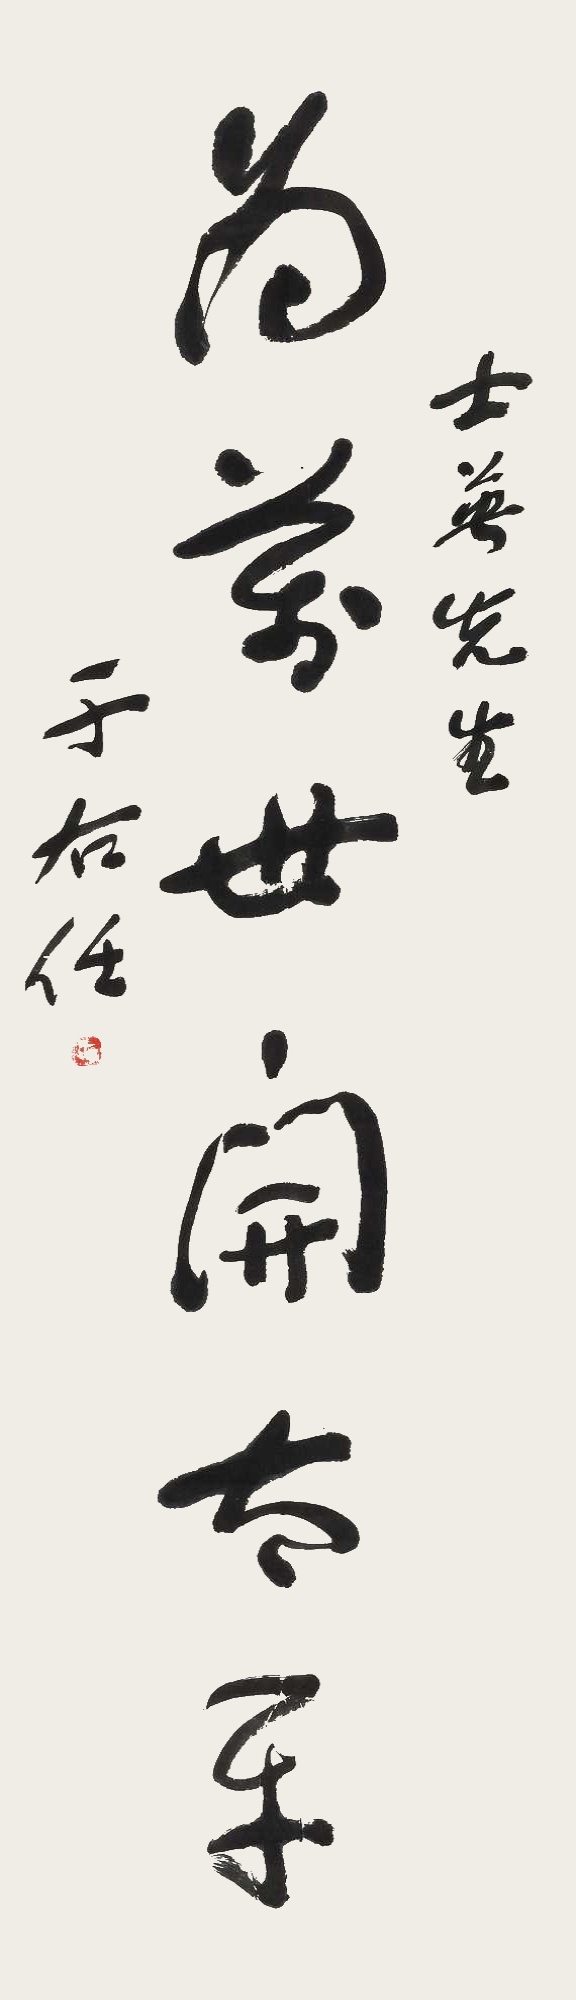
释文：为万世开太平。士英先生，于右任。